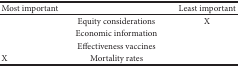
<table><thead><tr><td><b>Most important</b></td><td><b> </b></td><td><b>Least important</b></td></tr></thead><tbody><tr><td> </td><td>Equity considerations</td><td>X</td></tr><tr><td> </td><td>Economic information</td><td> </td></tr><tr><td> </td><td>Effectiveness vaccines</td><td> </td></tr><tr><td>X</td><td>Mortality rates</td><td> </td></tr></tbody></table>